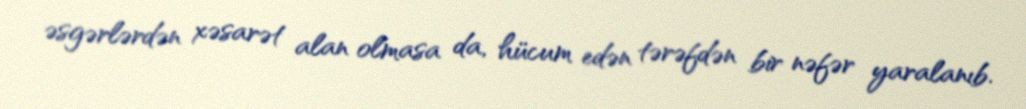
əsgərlərdən xəsarət alan olmasa da, hücum edən tərəfdən bir nəfər yaralanıb.